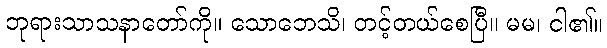
ဘုရားသာသနာတော်ကို။ သောဘေသိ၊ တင့်တယ်စေပြီ။ မမ၊ ငါ၏။